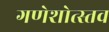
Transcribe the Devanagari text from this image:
गणेशोत्स्तव